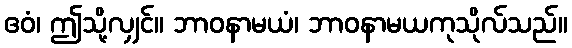
ဧဝံ၊ ဤသို့လျှင်။ ဘာဝနာမယံ၊ ဘာဝနာမယကုသိုလ်သည်။